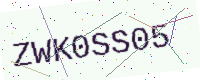
Text: ZWK0SS05